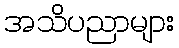
အသိပညာများ